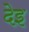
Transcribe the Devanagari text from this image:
देइ